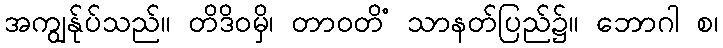
အကျွန်ုပ်သည်။ တိဒိဝမှိ၊ တာဝတိံ သာနတ်ပြည်၌။ ဘောဂါ စ၊